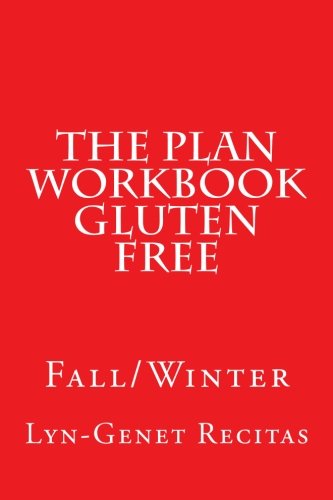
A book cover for The Plan Workbook Gluten Free: Fall/Winter; Lyn-Genet Recitas; Health, Fitness & Dieting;